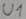
Text: U1